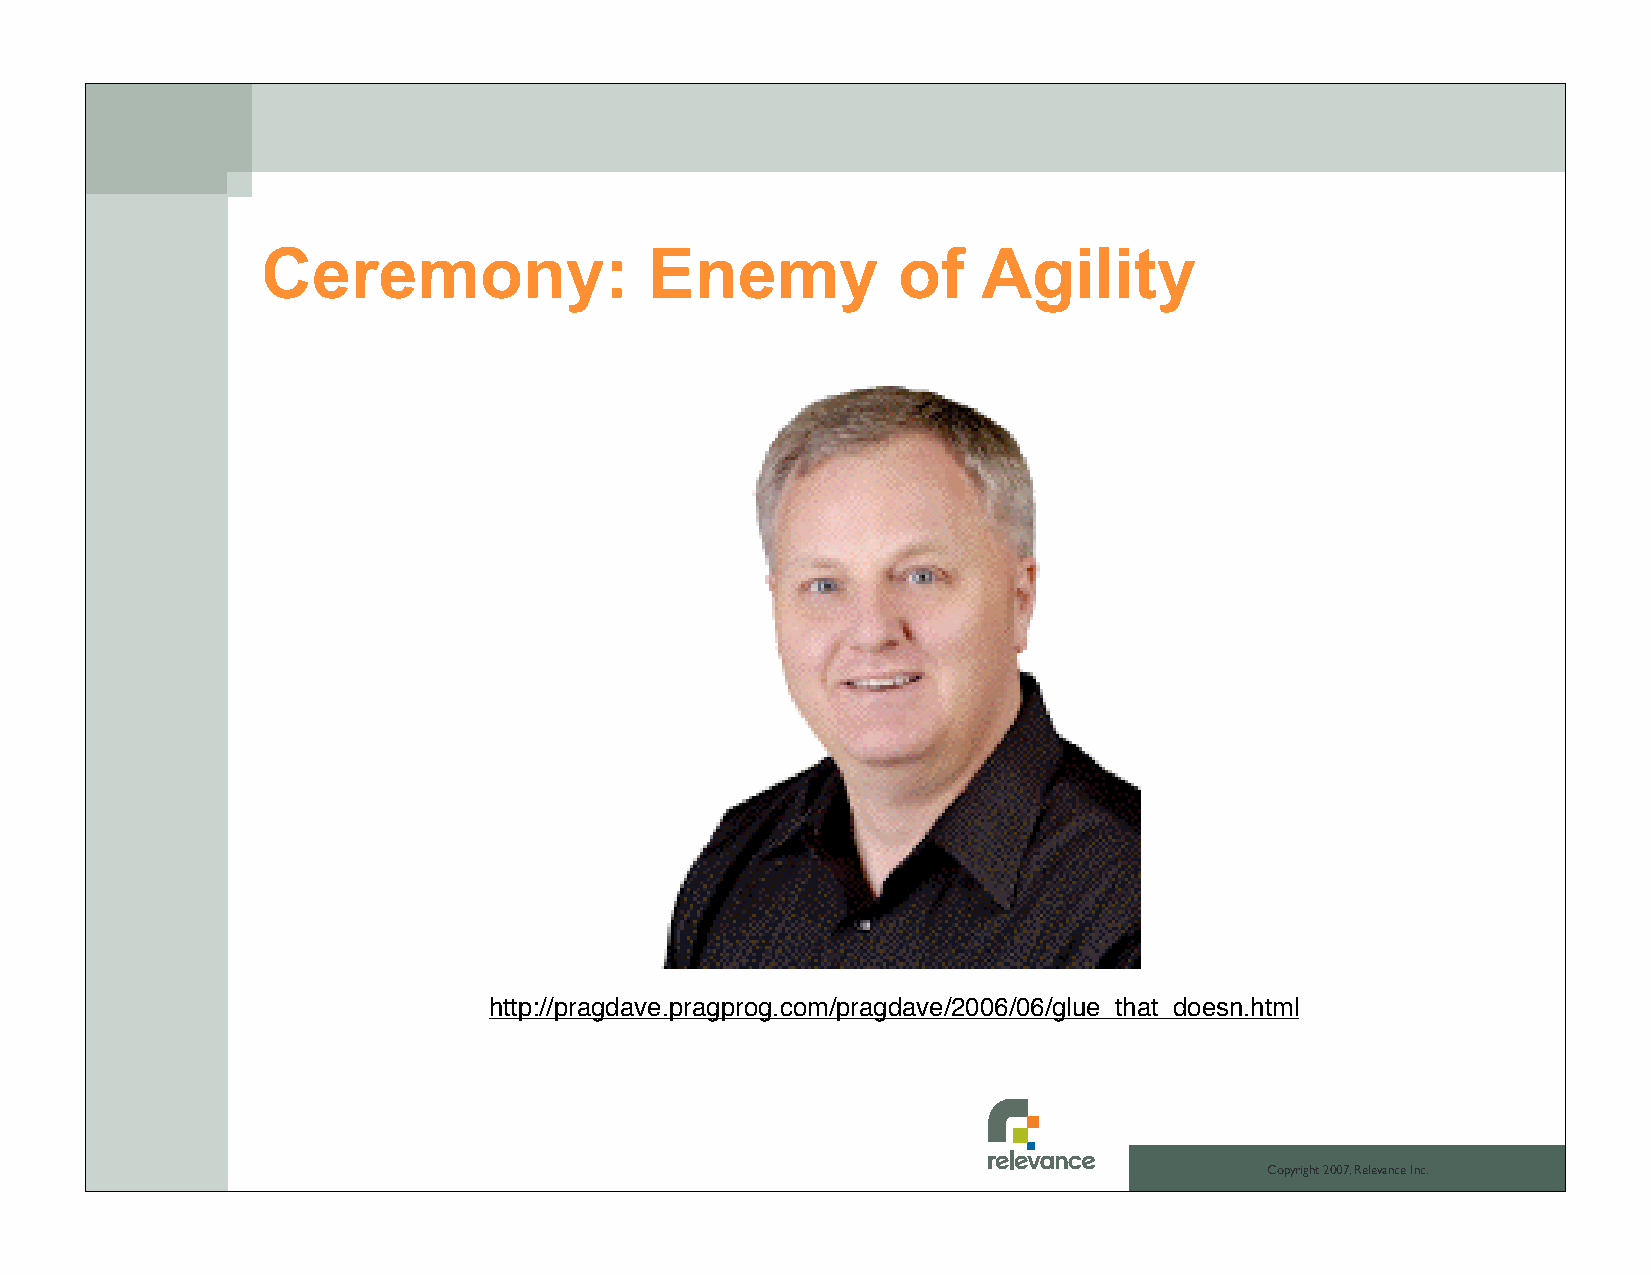
Ceremony:                 Enemy           of    Agility
 http://pragdave.pragprog.com/pragdave/2006/06/glue_that_doesn.html
 Copyright 2007, Relevance Inc.